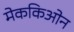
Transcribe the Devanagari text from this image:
मेककिओन